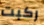
ركبت